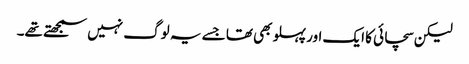
لیکن سچائی کا ایک اور پہلو بھی تھا جسے یہ لوگ نہیں سمجھتے تھے۔